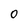
Character: 0